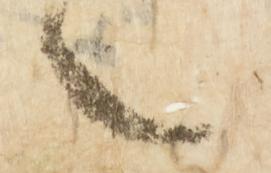
々